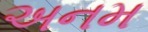
અનમ